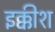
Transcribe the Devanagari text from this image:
इक्कीश